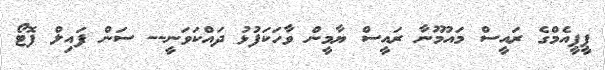
ޕީޕީއެމްގެ ރައީސް މައުމޫނާ ރައީސް ޔާމީން ވާހަކަފުޅު ދައްކަވަނީ-- ސަން ފައިލް ފޮޓޯ